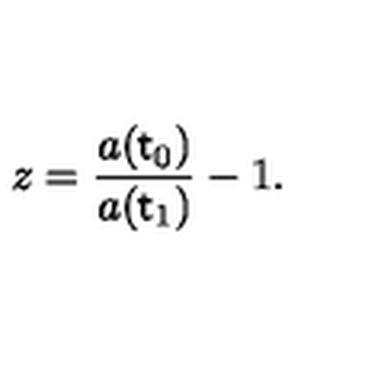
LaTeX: z = \frac { a ( { \sf t } _ { 0 } ) } { a ( { \sf t } _ { 1 } ) } - 1 .